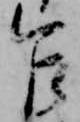
乍